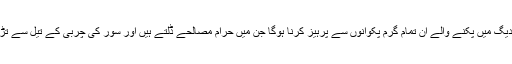
انہیں کرپشن کی دیگ میں پکنے والے ان تمام گرم پکوانوں سے پرہیز کرنا ہوگا جن میں حرام مصالحے ڈلتے ہیں اور سور کی چربی کے تیل سے تڑکا لگایا جاتا ہے۔